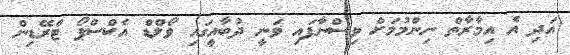
އަދި އެ އިމާރާތް ނިންމުމަށް ވިސްނާފައި ވަނީ ދުބާއީގައި ވޯލްޑް އެކްސްޕޯ ޓްރޭޑިން